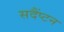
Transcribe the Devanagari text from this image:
सदैंप्टन